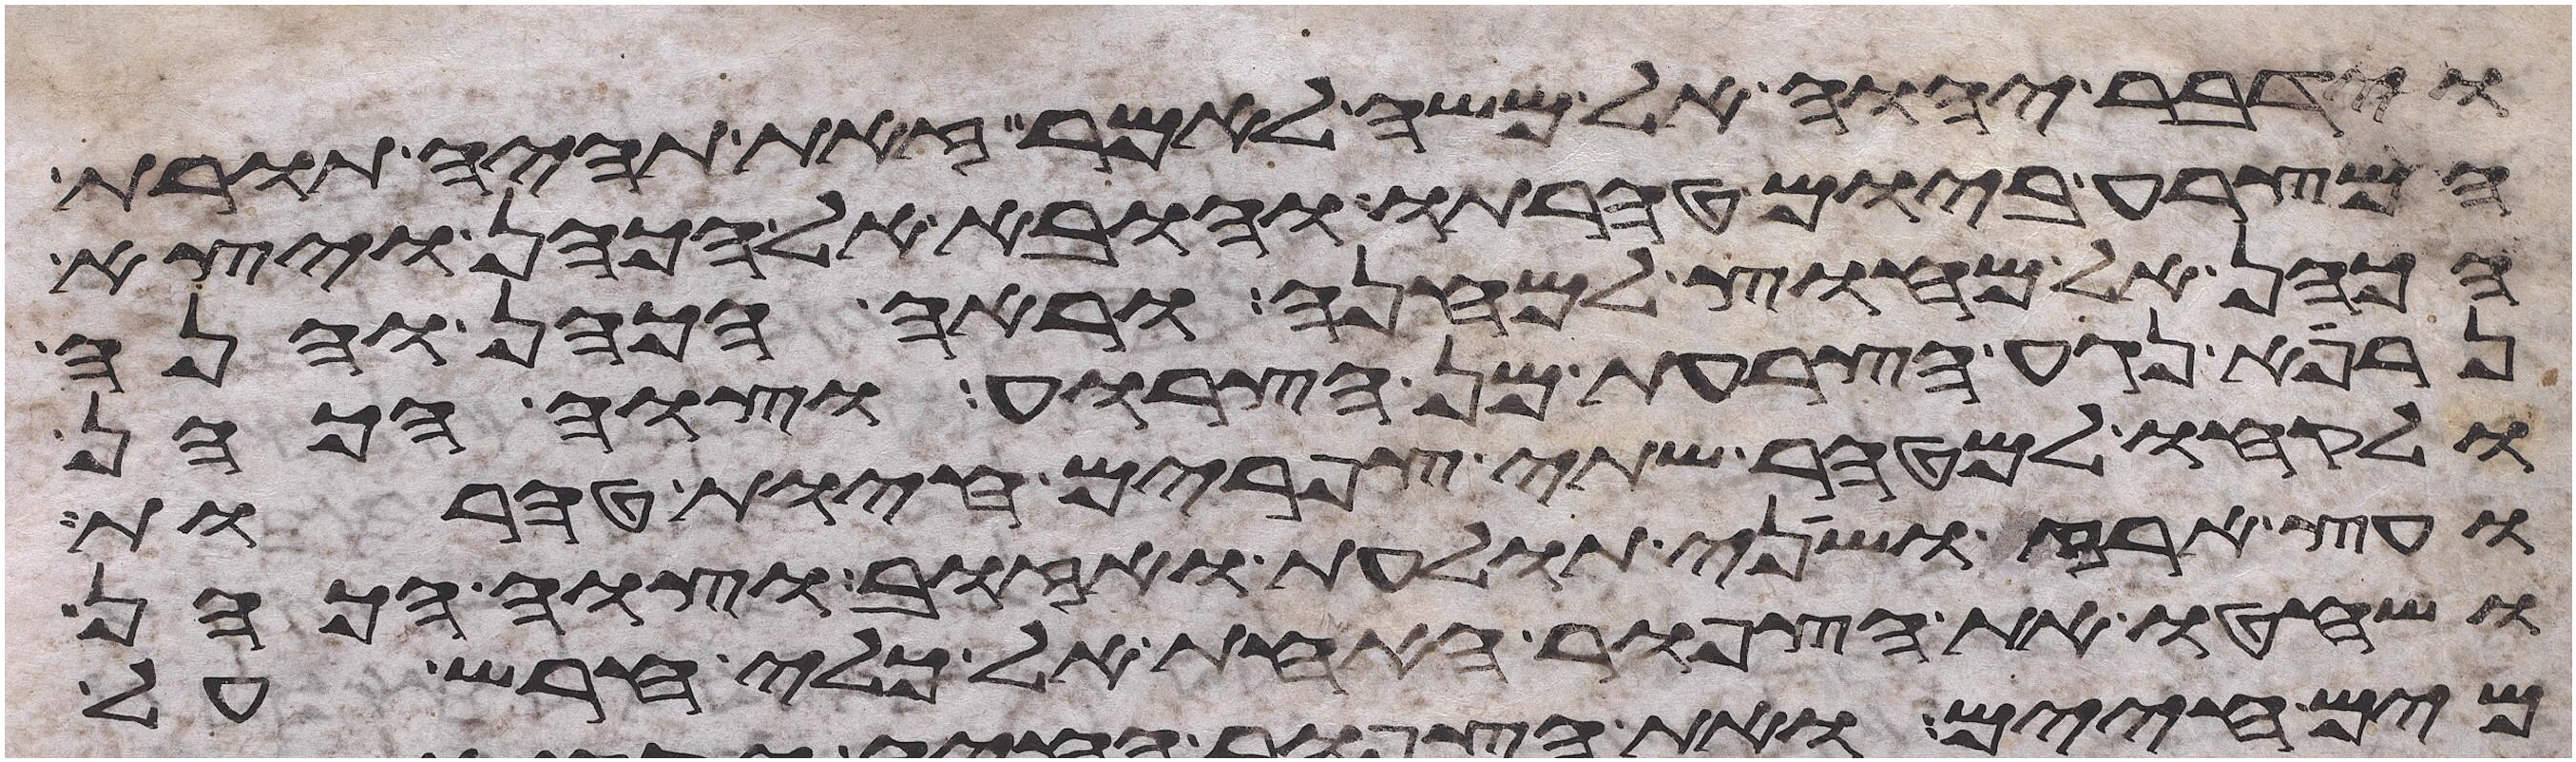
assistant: וידבר יהוה אל משה לאמר זאת תהיה תורת
המצרע ביום טהרתו והובא אל הכהן ויצא
הכהן אל מחוץ למחנה וראה הכהן והנה
נרפא נגע הצרעת מן הצרוע וצוה הכהן
ולקחו למטהר שתי צפורים חיות טהרות
ועץ ארז ושני תולעת ואזוב וצוה הכהן
ושחטו את הצפור האחת אל כלי חרש על